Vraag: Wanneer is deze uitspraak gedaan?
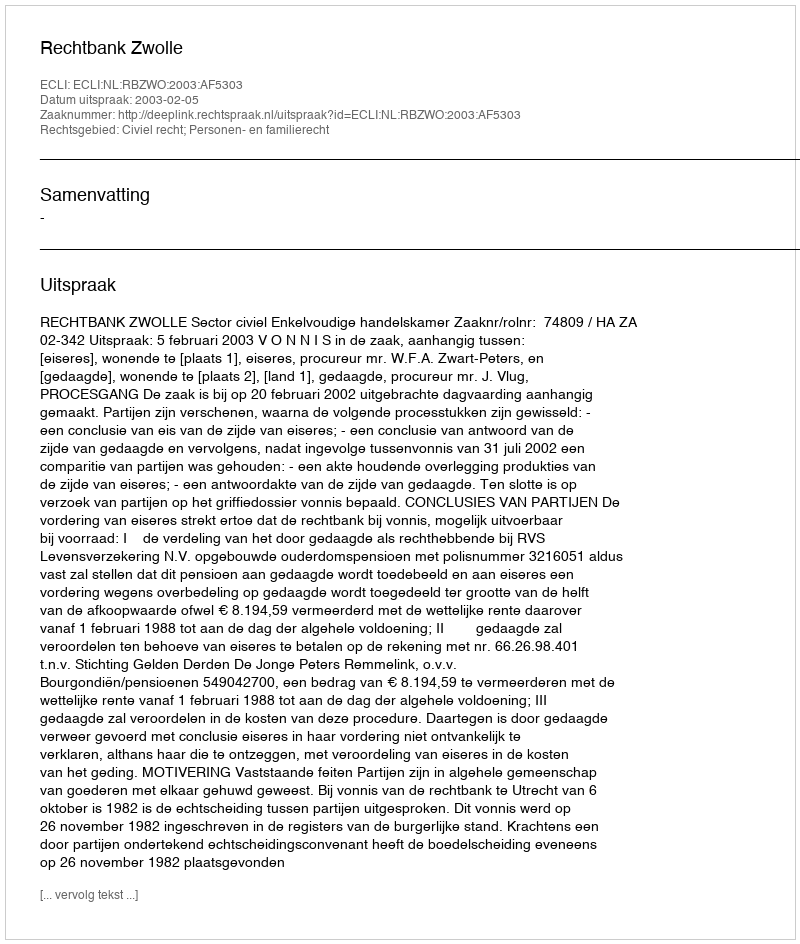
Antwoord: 2003-02-05